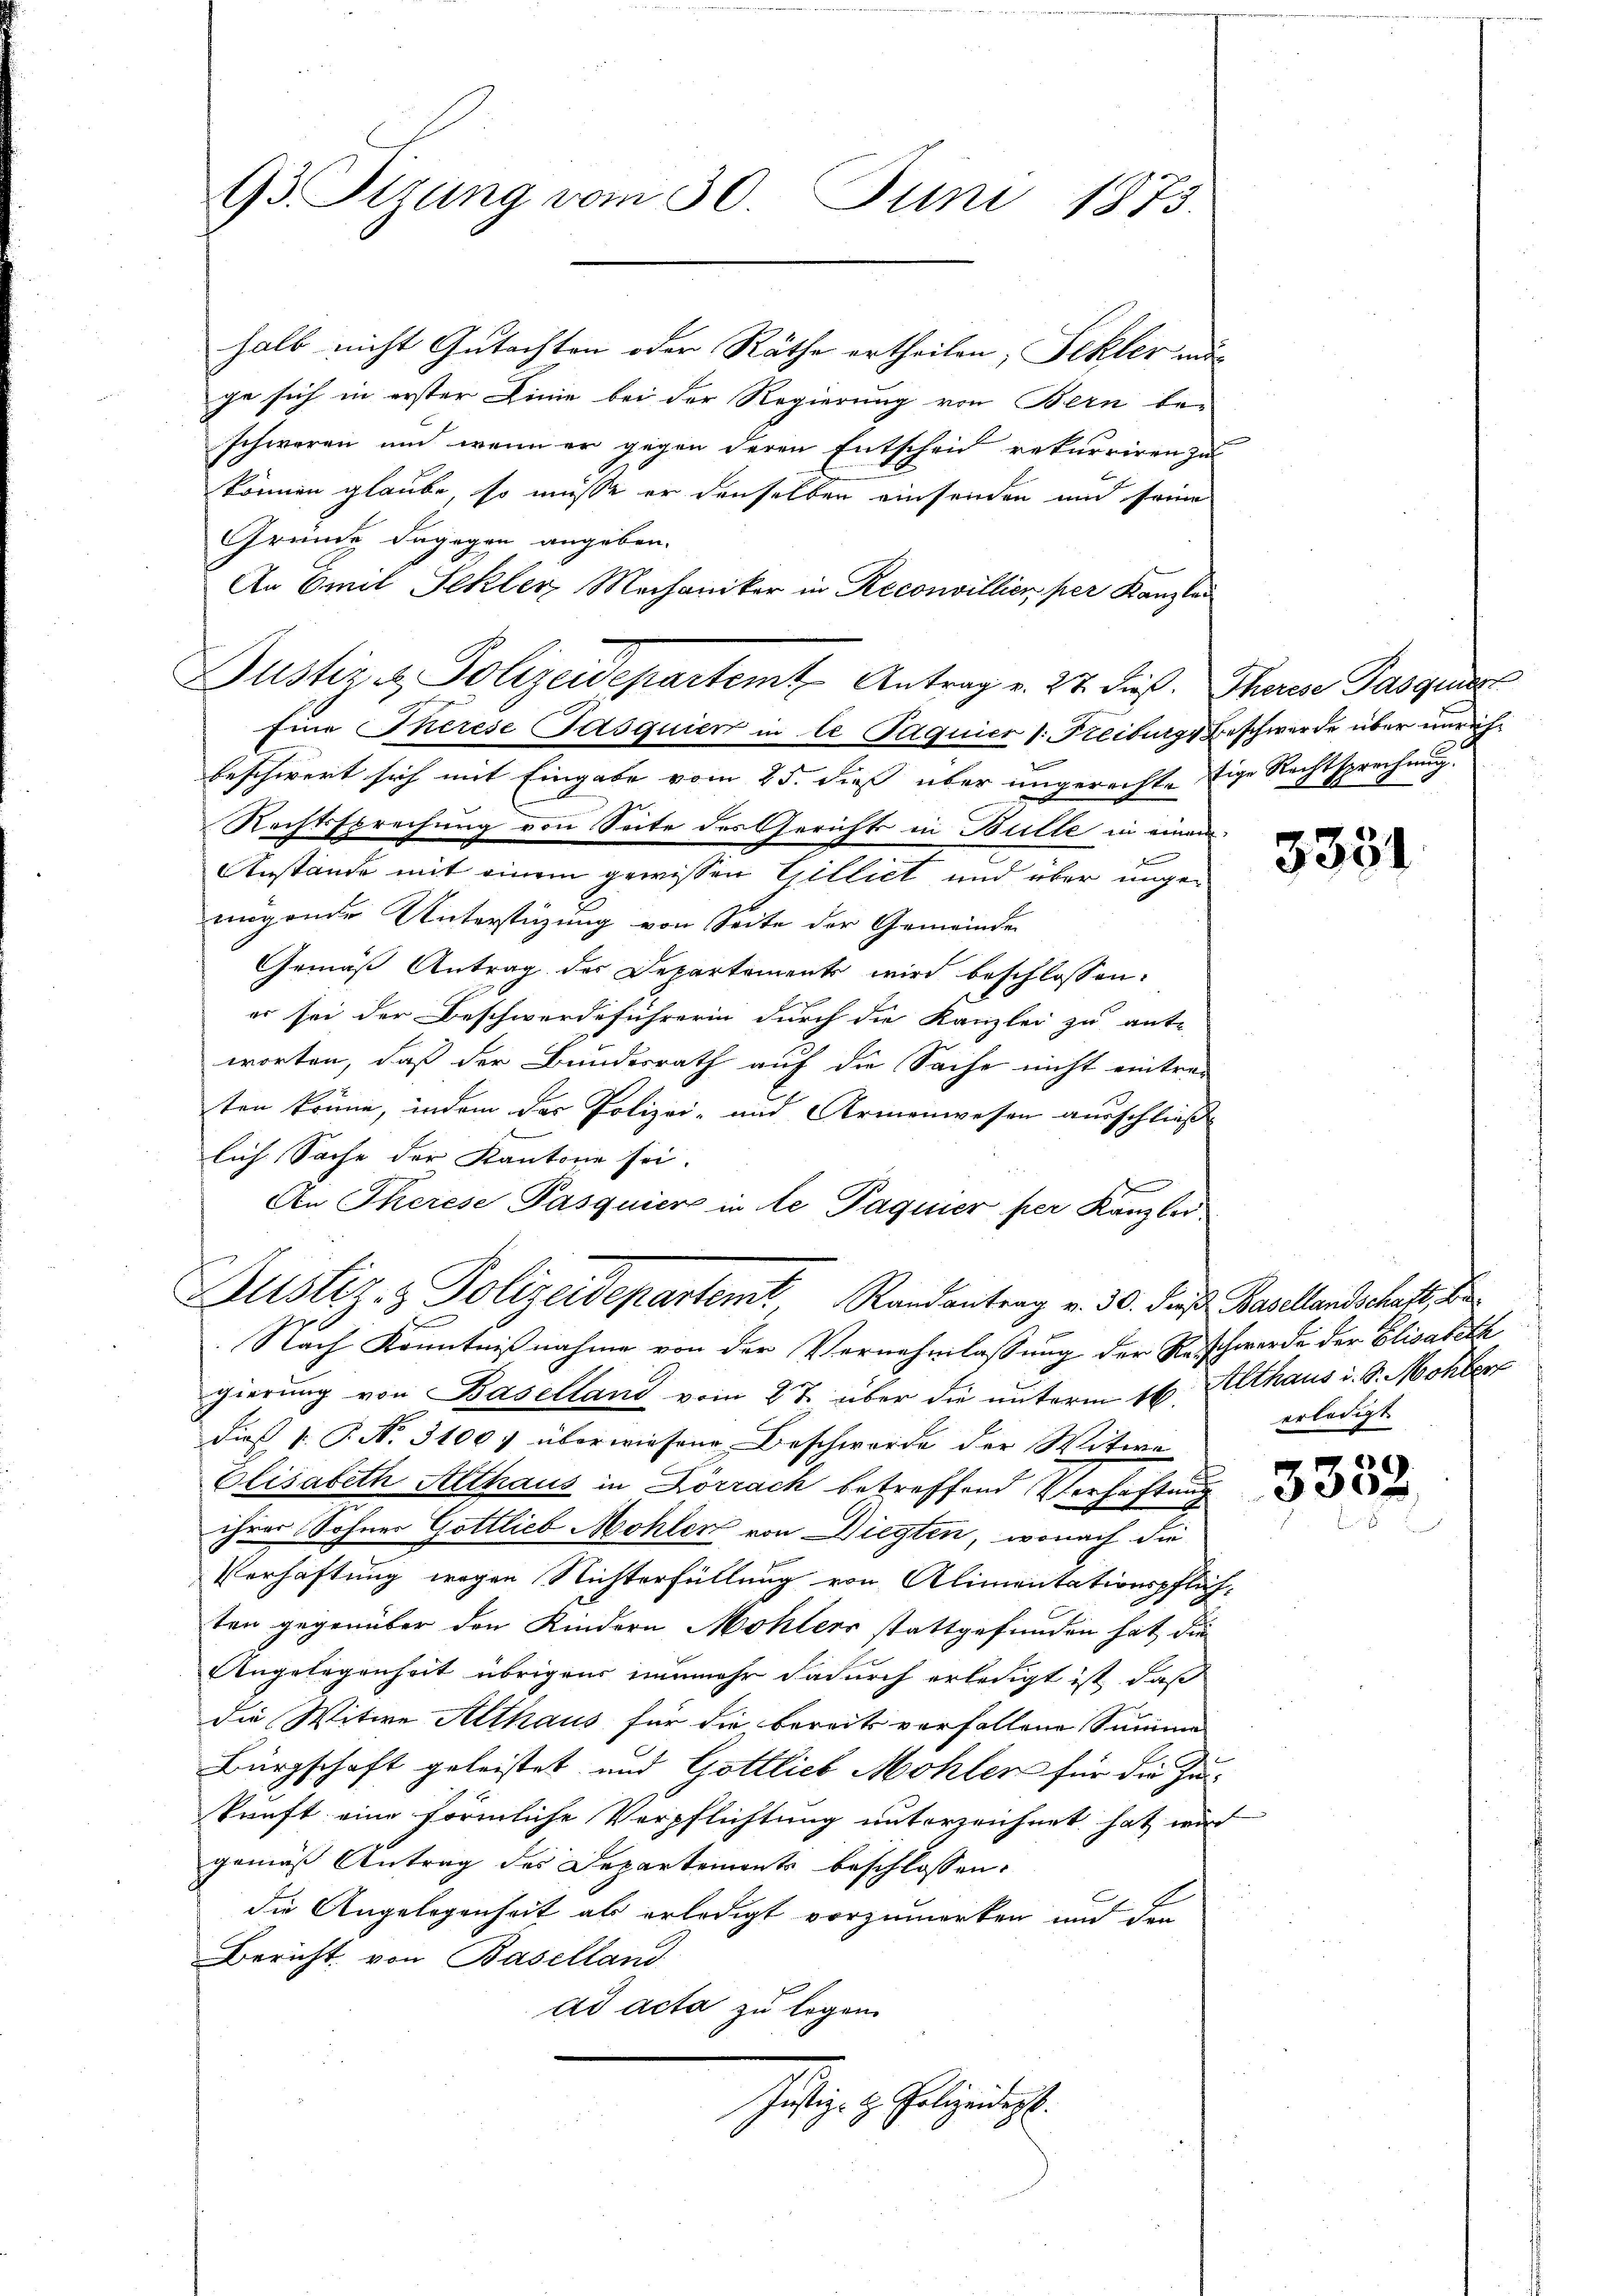
93. Sitzung vom 30. Juni 1873.

halb nicht Gutachten oder Räthe ertheilen, Sekler un
ge sich in erster Linie bei der Regierung von Bern beschweren und wenn er gegen deren Entscheid rekurriren zu
können glaube, so müsse er denselben einsenden und seine
Gründe dagegen angeben.
An Emil Schler Mechaniker in Reconvillier per Kanzlei
fine Therese Pasquier in le Paquier (: Freiburg, Beschwerde über unrichbeschwert sich mit Eingabe vom 25. dieß über ungerechte tige Rechtsprechung.
Rechtssprechung von Seite des Gerichts in Bulle in einem
kommenen
Anstände mit einem gewissen Gilliet und über ungenügende Unterstüzung von Seite der Gemeinde
Gemäß Antrag der Departements wird beschlossen:
er sei der Beschwerdeführerin durch die Kanzlei zu antr
worten, daß der Bundesrath auf die Sache nicht eintrag
ten könne, indem das Polizei- und Armenwesen ausschließ
lich Sache der Kantone sei.
An Therese Pasquiere in le Paquier per Kanzlei
Kustiz- & Polizeideparten Randantrag v. 30. Die Basellandschaft, d
Nach Kenntnißnahme von der Vernehmlassung der Reschwerde der Elisabeth
gierung von Baselland vom 27. über die unterm 16. Althaus i. S. Mohler
dieß (: P. No. 3100. überwiesene Beschwerde der Witwe
Olisabeth Althaus in Lörrach betreffend Verhaftung
ihrer Sohner Gottlieb Mohler von Diegten, wonach die
Verhaftung wegen Nichterfüllung von Alimentationspflich-
ten gegenüber den Kindern Mohlers stattgefunden hat, die
Angelegenheit übrigens nunmehr dadurch erledigt ist, daß
die Witwe Althaus für die bereits vorfallene Summe
Bürgschaft geleistet und Gottlieb Mohler für die Zu-
kunft eine förmliche Verpflichtung unterzeichnet hat wird
gemäß Antrag des Departements beschlossen.
die Angelegenheit als erledigt vorzumerken und den
Bericht von Baselland
ad acta zu legen
Justiz & Polizeidigt.

Justiz & Polizeidepartem Antrag v. 27. dieß. Therese Pasquis

3351

erledigt

3352.